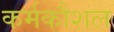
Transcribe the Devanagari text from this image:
कर्मकौशल